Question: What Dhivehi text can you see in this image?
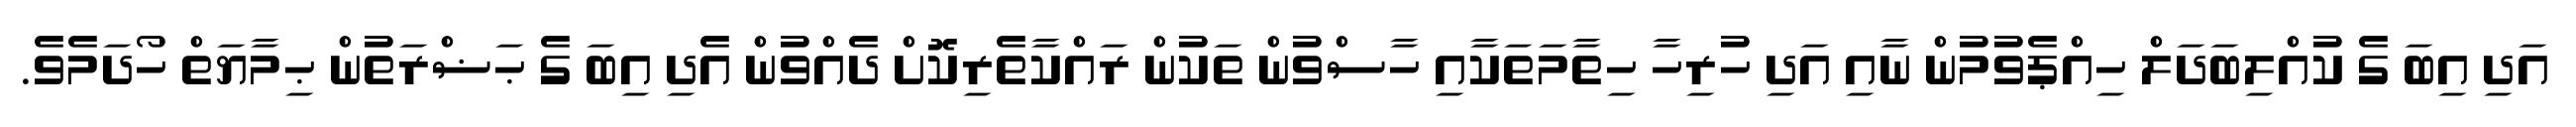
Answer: އަދި އިބަ ގެ ކުއްލިބަދަލް ހިއްޕެވުމުން ނާއި އަދި ހުރިހާ ހިތާމަތަކާއި ހާސްވުން ތަކުން ރައްކާތެރިކޮށް ދެއްވުން އެދި އިބަ ގެ ޙަޟްރަތުން ޙިމާޔަތް ހޯދަމެވެ.